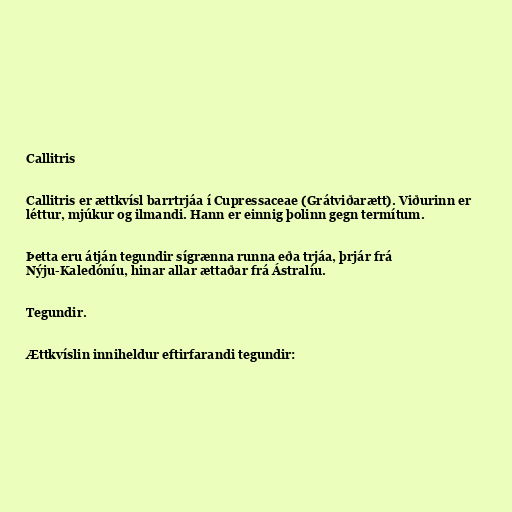
Callitris

Callitris er ættkvísl barrtrjáa í Cupressaceae (Grátviðarætt). Viðurinn er
léttur, mjúkur og ilmandi. Hann er einnig þolinn gegn termítum.

Þetta eru átján tegundir sígrænna runna eða trjáa, þrjár frá
Nýju-Kaledóníu, hinar allar ættaðar frá Ástralíu.

Tegundir.

Ættkvíslin inniheldur eftirfarandi tegundir: